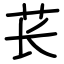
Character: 苌